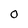
Character: 0